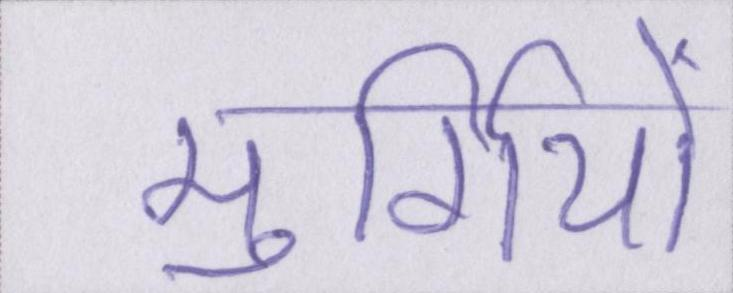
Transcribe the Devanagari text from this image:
मुर्गियों